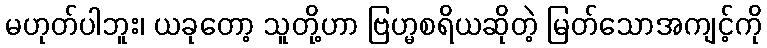
မဟုတ်ပါဘူး၊ ယခုတော့ သူတို့ဟာ ဗြဟ္မစရိယဆိုတဲ့ မြတ်သောအကျင့်ကို